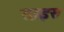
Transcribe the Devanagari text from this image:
दाइस